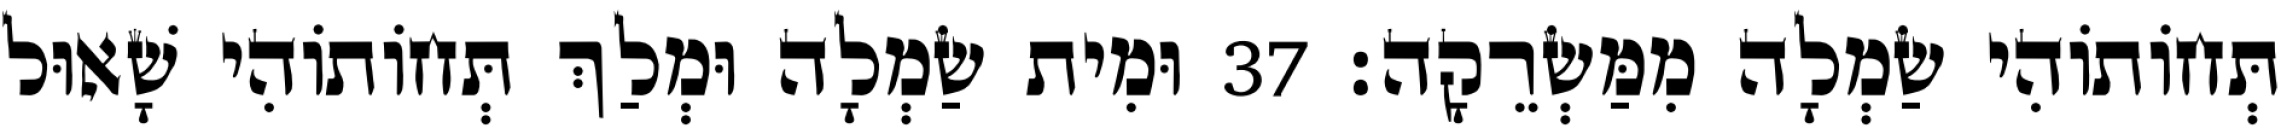
תְּחוֹתוֹהִי שַׂמְלָה מִמַּשְׂרֵקָה׃ 37 וּמִית שַׂמְלָה וּמְלַךְ תְּחוֹתוֹהִי שָׁאוּל